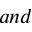
a n d